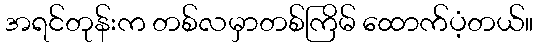
အရင်တုန်းက တစ်လမှာတစ်ကြိမ် ထောက်ပံ့တယ်။